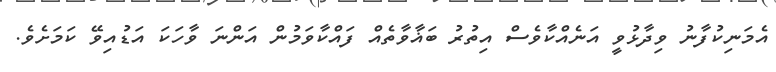
އެމަނިކުފާނު ވިދާޅުވީ އަނެއްކާވެސް އިތުރު ބަޣާވާތެއް ފައްކާވަމުން އަންނަ ވާހަކަ އަޑުއިވޭ ކަމަށެވެ.